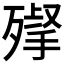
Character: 𣩌